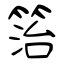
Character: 箈